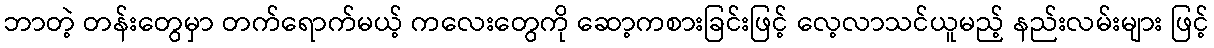
ဘာတဲ့ တန်းတွေမှာ တက်ရောက်မယ့် ကလေးတွေကို ဆော့ကစားခြင်းဖြင့် လေ့လာသင်ယူမည့် နည်းလမ်းများ ဖြင့်